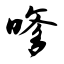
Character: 嗲